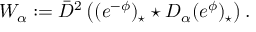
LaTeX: W _ { \alpha } : = \bar { D } ^ { 2 } \left( ( e ^ { - \phi } ) _ { \star } \star D _ { \alpha } ( e ^ { \phi } ) _ { \star } \right) .